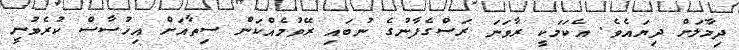
ދިމާލަށް ދިޔައެވެ. އެކަމަކީ ރާވަނަ ރަސްގެފާނުގެ ނުބައި ރޭވުމެއްކަން ސިތާއަށް އިހުސާސް ކުރެވުނީ